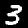
Digit: 3